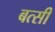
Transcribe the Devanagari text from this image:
बत्सी